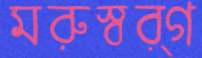
মরুস্বর্গ